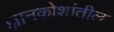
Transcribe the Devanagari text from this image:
ज्ञानकोशांतील